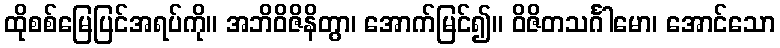
ထိုစစ်မြေပြင်အရပ်ကို။ အဘိဝိဇိနိတွာ၊ အောက်မြင်၍။ ဝိဇိတသင်္ဂါမော၊ အောင်သော